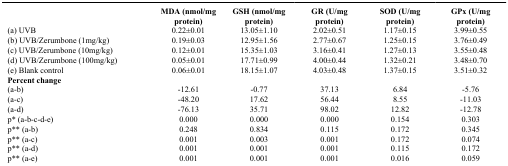
<table><thead><tr><td><b> </b></td><td><b>MDA (nmol/mg protein)</b></td><td><b>GSH (nmol/mg protein)</b></td><td><b>GR (U/mg protein)</b></td><td><b>SOD (U/mg protein)</b></td><td><b>GPx (U/mg protein)</b></td></tr></thead><tbody><tr><td>(a) UVB</td><td>0.22±0.01</td><td>13.05±1.10</td><td>2.02±0.51</td><td>1.17±0.15</td><td>3.99±0.55</td></tr><tr><td>(b) UVB/Zerumbone (1mg/kg)</td><td>0.19±0.03</td><td>12.95±1.56</td><td>2.77±0.67</td><td>1.25±0.15</td><td>3.76±0.49</td></tr><tr><td>(c) UVB/Zerumbone (10mg/kg)</td><td>0.12±0.01</td><td>15.35±1.03</td><td>3.16±0.41</td><td>1.27±0.13</td><td>3.55±0.48</td></tr><tr><td>(d) UVB/Zerumbone (100mg/kg)</td><td>0.05±0.01</td><td>17.71±0.99</td><td>4.00±0.44</td><td>1.32±0.21</td><td>3.48±0.70</td></tr><tr><td>(e) Blank control</td><td>0.06±0.01</td><td>18.15±1.07</td><td>4.03±0.48</td><td>1.37±0.15</td><td>3.51±0.32</td></tr><tr><td colspan="6"><b>Percent change</b></td></tr><tr><td>(a-b)</td><td>-12.61</td><td>-0.77</td><td>37.13</td><td>6.84</td><td>-5.76</td></tr><tr><td>(a-c)</td><td>-48.20</td><td>17.62</td><td>56.44</td><td>8.55</td><td>-11.03</td></tr><tr><td>(a-d)</td><td>-76.13</td><td>35.71</td><td>98.02</td><td>12.82</td><td>-12.78</td></tr><tr><td>p* (a-b-c-d-e)</td><td>0.000</td><td>0.000</td><td>0.000</td><td>0.154</td><td>0.303</td></tr><tr><td>p** (a-b)</td><td>0.248</td><td>0.834</td><td>0.115</td><td>0.172</td><td>0.345</td></tr><tr><td>p** (a-c)</td><td>0.001</td><td>0.003</td><td>0.001</td><td>0.172</td><td>0.074</td></tr><tr><td>p** (a-d)</td><td>0.001</td><td>0.001</td><td>0.001</td><td>0.115</td><td>0.172</td></tr><tr><td>p** (a-e)</td><td>0.001</td><td>0.001</td><td>0.001</td><td>0.016</td><td>0.059</td></tr></tbody></table>